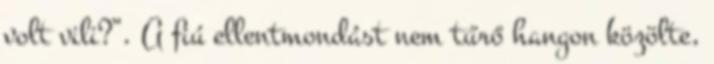
volt vili?”. A fiú ellentmondást nem tűrő hangon közölte,